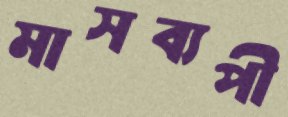
মাসব্যপী